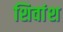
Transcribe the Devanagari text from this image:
शिवांश